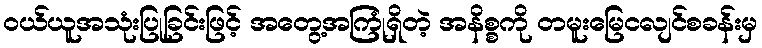
ဝယ်ယူအသုံးပြုခြင်းဖြင့် အတွေ့အကြုံရှိတဲ့ အနိစ္စကို တမူးမြေငလျင်စခန်းမှ